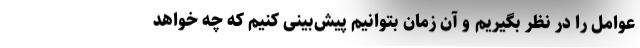
عوامل را در نظر بگیریم و آن زمان بتوانیم پیش‌بینی کنیم که چه خواهد